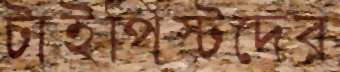
টাইপিস্টদের